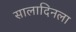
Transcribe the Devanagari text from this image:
सालादिनला